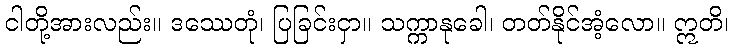
ငါတို့အားလည်း။ ဒဿေတုံ၊ ပြခြင်းငှာ။ သက္ကာနုခေါ၊ တတ်နိုင်အံ့လော။ ဣတိ၊